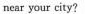
near your city？